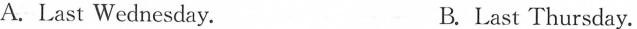
A.Last Wednesday. B.Last Thursday.